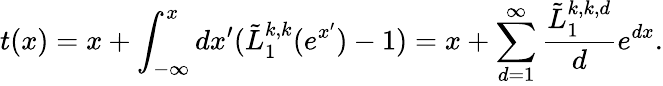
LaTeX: t(x)=x+\int_{-\infty}^{x}dx^{\prime}({\tilde{L}_{1}^{k,k}(e^{x^{\prime}})}-1)=x+\sum_{d=1}^{\infty}\frac{\tilde{L}_{1}^{k,k,d}}{d}e^{dx}.